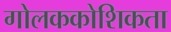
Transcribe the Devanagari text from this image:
गोलककोशिकता